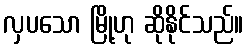
လှပသော မြို့ဟု ဆိုနိုင်သည်။